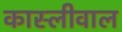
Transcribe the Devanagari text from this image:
कास्लीवाल